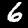
Digit: 6